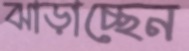
ঝাড়াচ্ছেন